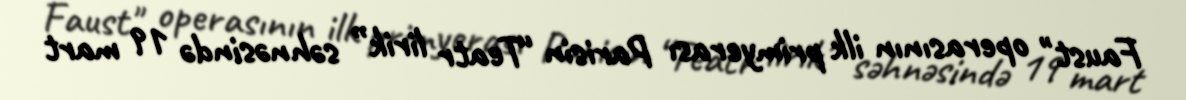
Faust" operasının ilk primyerası Parisin “Teatr lirik” səhnəsində 19 mart